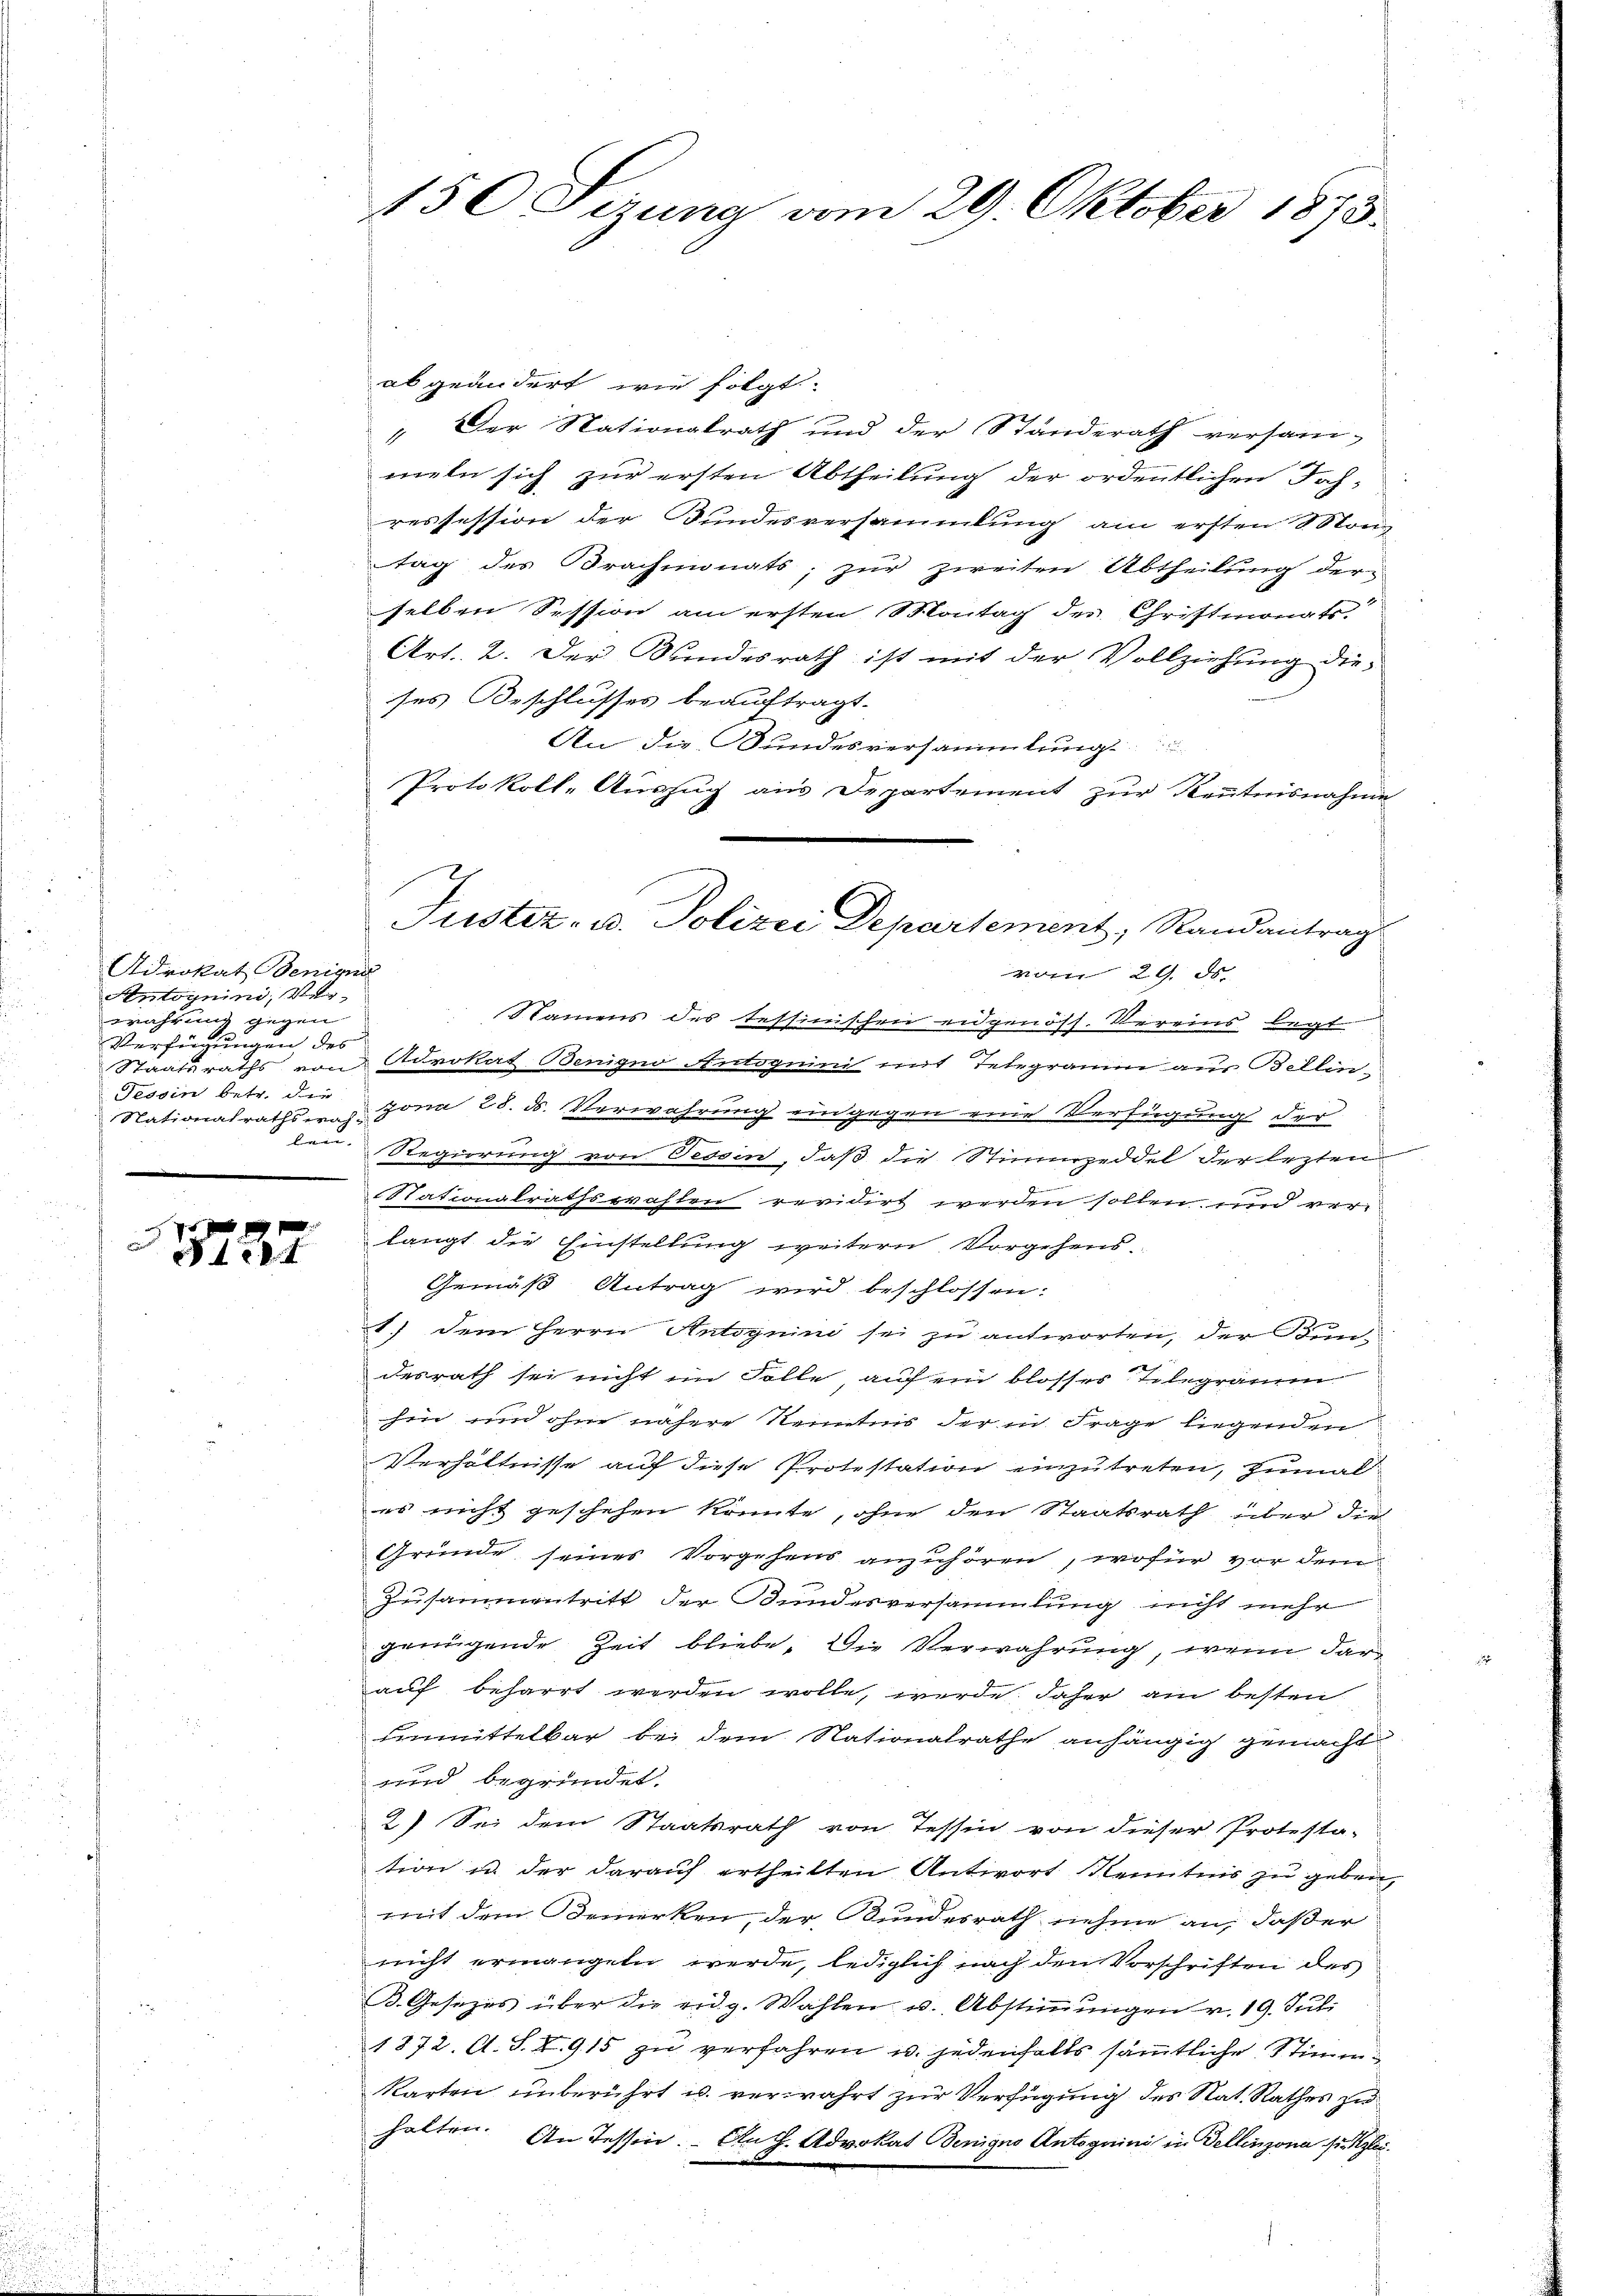
Adrokat Beniss
toynini, Ve
wahrung gegen
Verfügungen des
Tessin betr. die
Stationalrathswahlau.

f 28 f

150 Cizung vom 29. Oktober 1873.

abgeändert wie folgt.
" Der Nationalrath und der Standerath versam-
meln sich zur ersten Abtheilung der ordentlichen Toch-
ressession der Bundesversammlung am ersten Monz
tag des Brachmonats; zur zweiten Abtheilung derselben Session am ersten Montag des Christmonats
Art. 2. Der Kundesrath ist mit der Vollziehung dieses Beschlusses beauftragt.
An die Bundesversammlung
Protokoll-Auszug aus Departement zur Kenntnisnahme
vom 29. ds.
Namens des Tessinischen eidgenöss. Vereins legt
Staatsraths von Advokat Benigno-Antoguini mit Telegramm aus Bellin-
gona 28. d. Verwahrung eingegen eine Verfügung der
Regierung von Tessin, daß die Stimmzeddel der lezten
n
Nationalrathswahlen revidirt werden sollen und verlangt die Einstellung weitern Vorgehens-
Gemäß Antrag wird beschlossen:
1.) Dem Herrn Antognini sei zu antworten, der Kun-
desrath sei nicht im Folle, auf ein blosses Telegramm
hin und ohne nähere Kenntnis der in Frage liegenden
Verhältnisse auf diese Protestation einzutreten, zumal
es nicht geschehen könnte, ohne den Staatsrath über die
Gründe seines Vorgehens anzuhören, wofür vor dem
Zusammentritt der Bundesversammlung nicht mehr
genügende Zeit bliebe. Die Verwahrung, wenn darauf beharrt werden wolle, werde. Daher am besten
Einmittelbar bei dem Nationalrathe anhängig gemacht
und begründet.
2) Sei dem Staatsrath von Tessin von dieser Protesta-
tion in der darauf ertheilten Antwort Kenntnis zu geben.
mit dem Bemerken, der Bundesrath nehme an, daß er
nicht ermangeln werde, lediglich nach den Vorschriften des
B. Gesezes über die eidg. Wahlen u. Abstimmungen v. 19. Jul.
1872. A. S. II. 915 zŭ verfahren u. jedenfalls sämtliche Stimmkarten unberührt u. verwahrt zur Verfügung des Nat. Rathes zu
halten. An Tessin. Aug. Advokat Beniges Antoguini in Dellinzona si. Klei¬

Justiz- u. Polizei Departement, Randantrag